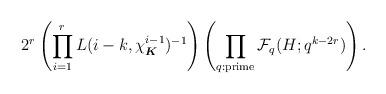
LaTeX: \begin{align*} 2^{r} \left( \prod_{i=1}^{r}L(i-k, \chi_{\boldsymbol{K}}^{i-1})^{-1} \right) \left( \prod_{q: {\rm prime}} \mathcal{F}_q(H; q^{k - 2r}) \right). \end{align*}